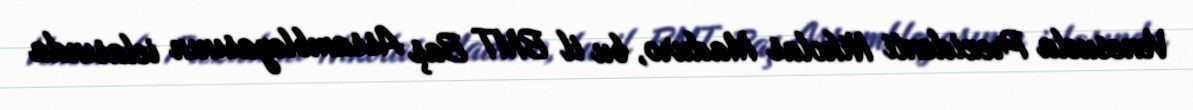
Venesuela Prezidenti Nikolas Maduro, bu il BMT Baş Assambleyasının iclasında